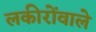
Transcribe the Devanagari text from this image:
लकीरोंवाले